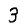
Digit: 3